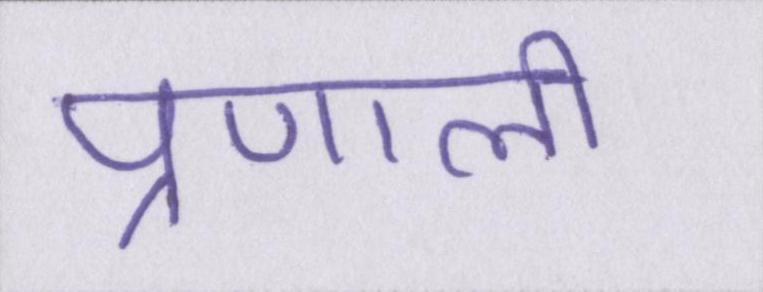
प्रणाली